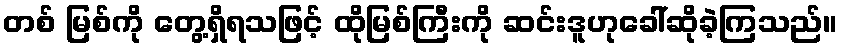
တစ် မြစ်ကို တွေ့ရှိရသဖြင့် ထိုမြစ်ကြီးကို ဆင်းဒူဟုခေါ်ဆိုခဲ့ကြသည်။